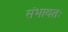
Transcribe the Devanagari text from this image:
संभावतः